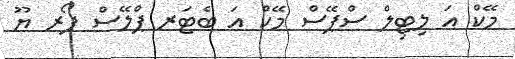
މޭކް އަ ލިޓިލް ސްޕޭސް މޭކް އަ ބެޓަރ ޕްލޭސް ފޯރ ޔޫ